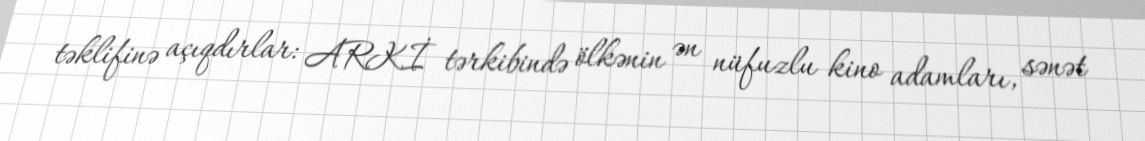
təklifinə açıqdırlar: ARKİ tərkibində ölkənin ən nüfuzlu kino adamları, sənət